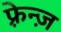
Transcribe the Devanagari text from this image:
फ़्रेन्ज़